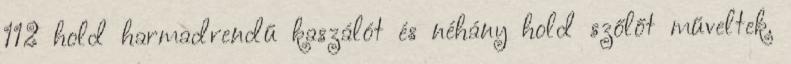
112 hold harmadrendű kaszálót és néhány hold szőlőt műveltek.